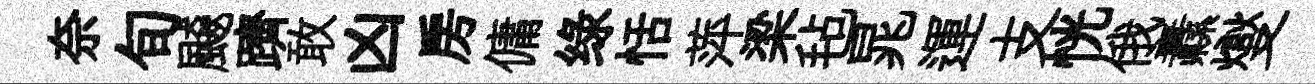
奈旬飇躋敢凶房傭绿恬萍梁毡晁運支恍俄纛燮